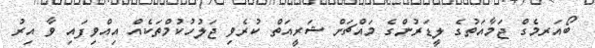
ބޯއަރމެގް ޖަމާއަތުގެ ލީޑަރުންގެ މައްޗަށް ޝަރީއަތް ކުރެވި ޖަލުހުކުމްތަކެއް އިއްވިފައި ވާ އިރު